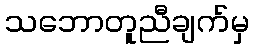
သဘောတူညီချက်မှ